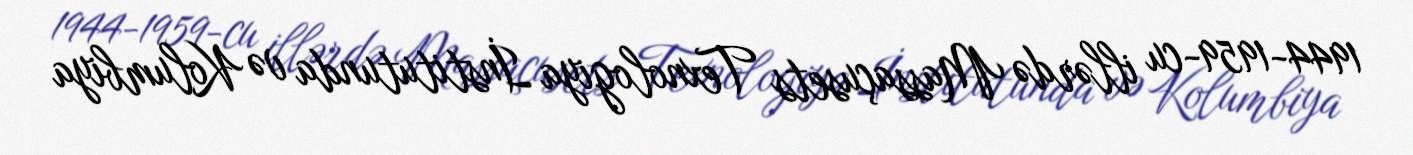
1944-1959-cu illərdə Massaçusets Texnologiya İnstitutunda və Kolumbiya